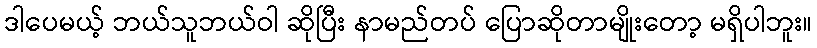
ဒါပေမယ့် ဘယ်သူဘယ်ဝါ ဆိုပြီး နာမည်တပ် ပြောဆိုတာမျိုးတော့ မရှိပါဘူး။